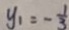
y _ { 1 } = - \frac { 1 } { 3 }